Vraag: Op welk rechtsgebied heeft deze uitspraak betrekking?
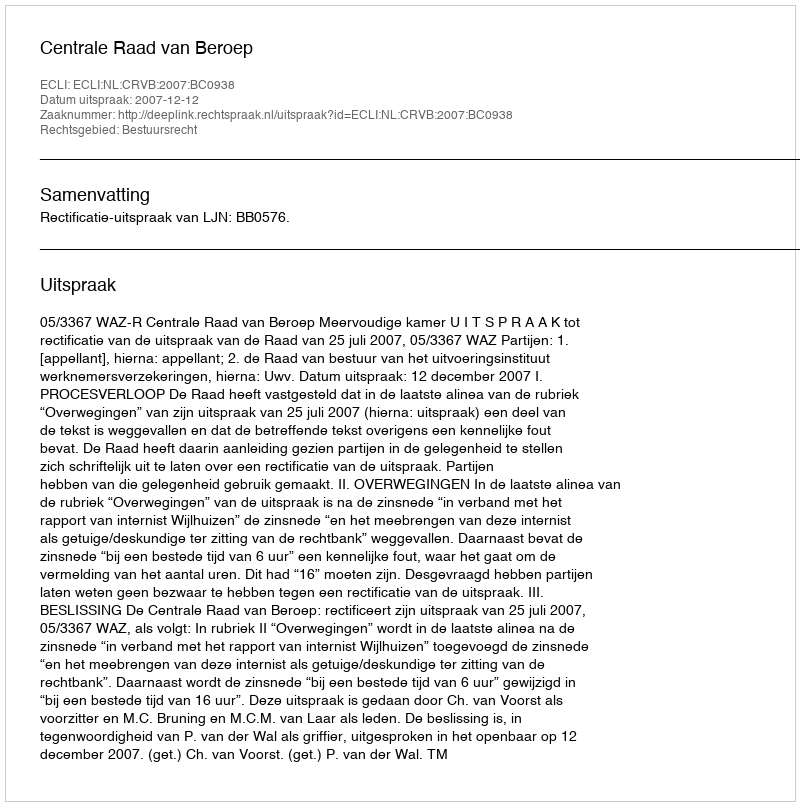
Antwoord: Bestuursrecht